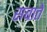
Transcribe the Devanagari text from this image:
सबाते